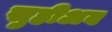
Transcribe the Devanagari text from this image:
सुहीअब